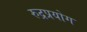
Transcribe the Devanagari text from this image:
रुद्रप्रयोग